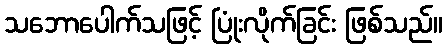
သဘောပေါက်သဖြင့် ပြုံးလိုက်ခြင်း ဖြစ်သည်။